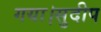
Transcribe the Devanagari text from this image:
गया।सुदीप